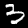
Digit: 3